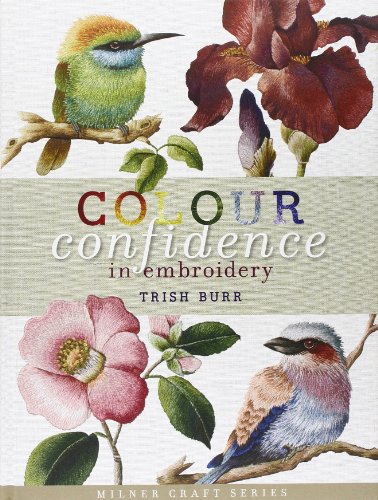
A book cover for Colour Confidence in Embroidery (Milner Craft Series); Trish Burr; Crafts, Hobbies & Home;